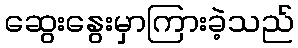
ဆွေးနွေးမှာကြားခဲ့သည်